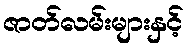
ဇာတ်လမ်းများနှင့်